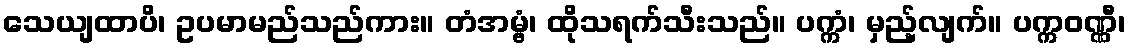
သေယျထာပိ၊ ဥပမာမည်သည်ကား။ တံအမ္ဗံ၊ ထိုသရက်သီးသည်။ ပက္ကံ၊ မှည့်လျက်။ ပက္ကဝဏ္ဏီ၊